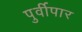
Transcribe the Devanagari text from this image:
पुर्वीपार